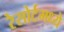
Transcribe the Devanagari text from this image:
रेसोर्टमध्ये